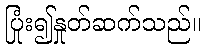
ပြုံး၍နှုတ်ဆက်သည်။